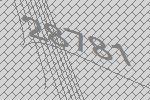
28781